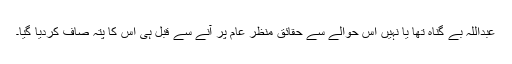
عبداللہ بے گناہ تھا یا نہیں اس حوالے سے حقائق منظر عام پر آنے سے قبل ہی اس کا پتہ صاف کردیا گیا۔